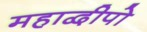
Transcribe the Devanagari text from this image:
महाद्वीपो